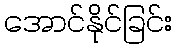
အောင်နိုင်ခြင်း